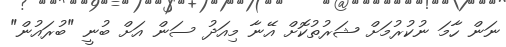
ނަން ހާމަ ނުކުރުމަށް ޝަރުތުކޮށް އޭނާ މިއަދު ސަން އަށް ބުނީ "ބުރައުން"